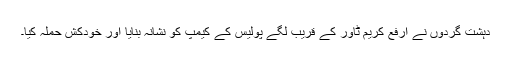
دہشت گردوں نے ارفع کریم ٹاور کے قریب لگے پولیس کے کیمپ کو نشانہ بنایا اور خودکش حملہ کیا۔